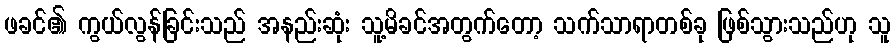
ဖခင်၏ ကွယ်လွန်ခြင်းသည် အနည်းဆုံး သူ့မိခင်အတွက်တော့ သက်သာရာတစ်ခု ဖြစ်သွားသည်ဟု သူ